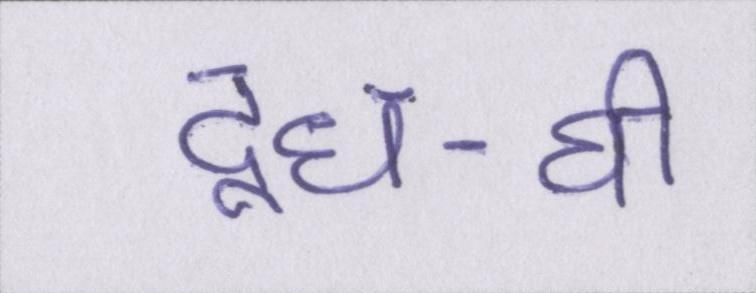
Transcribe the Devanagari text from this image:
दूध-घी